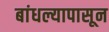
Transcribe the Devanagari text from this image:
बांधल्यापासून